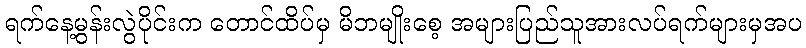
ရက်နေ့မွန်းလွဲပိုင်းက တောင်ထိပ်မှ မိဘမျိုးစေ့ အများပြည်သူအားလပ်ရက်များမှအပ